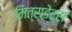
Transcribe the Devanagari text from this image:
मित्रा़डेट्स